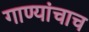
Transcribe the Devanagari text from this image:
गाण्यांचाच